[Report on the health of British troops in the Madras command]
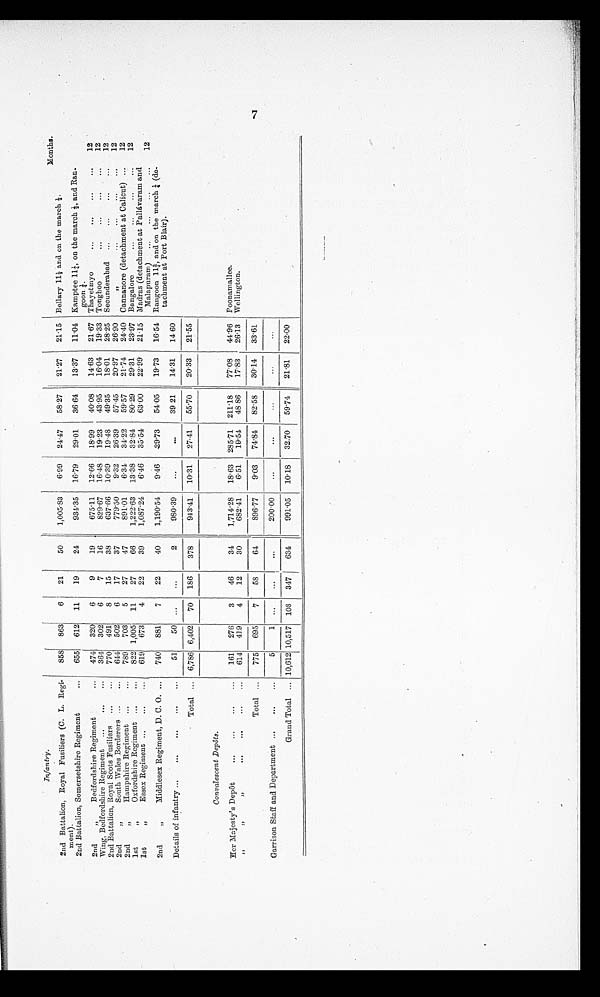
7
Infantry.
Months.
2nd Battalion, Royal Fusiliers (C. L. Regi-
ment).
858 863
6 21
50
1,005.83
6.99
24.47
58.27
21.27
21.15 Bellary 111/2 and on the march 1/2.
2nd Battalion, Somersetshire Regiment
...
655 612 11
19
24
934.35
1 6 . 7 9
29.01
3 6 . 6 4
13.37 11.04 Kamptee 111/4, on the march 1/2, and Ran-
goon 1/4.
2nd
„
Bedfordshire Regiment
...
474 320
6
9
19
675.11 12.66
18.99
40.08
1 4 . 6 3
21. 67 Thayetmyo
...
...
...
...
12
Wing, Bedfordshire Regiment ...
...
364 302
6
7
16
829.67 16.48
19.23
43.95
16.04
19.33 Tonghoo
...
...
. . . . . .
12
2nd Battalion, Royal Scots Fusiliers ...
...
770 491
8
15
38
637.66
1 0 . 3 9
19.48
49.35
18.01 28.25 Secunderabad
...
...
...
12
2nd
„
South Wales Borderers ...
...
644 502
6
17
37
779.50
9.32 26.39
57.45
2 0 . 9 7 26.90
,,
...
...
...
...
12
2nd
„
Hampshire Regiment ...
...
789 703
5
27
47
891.01
6.34
34.22
59.57
2 1 . 7 4
24.40 Cannanore (detachment at Calicut) ...
12
1st
„
Oxfordshire Regiment ...
...
822 1,005 11
27
66
1 , 2 2 2 . 6 3
13.38
32.84
80.29
2 9 . 3 1
23.97 Bangalore
...
...
...
...
12
1st
,,
Essex Regiment ...
...
...
619 673
4
22
39
1,087.24
6.46
35.54
63.00
22.99 21.15 Madras (detachment at Pallávaram and
Malapuram) ...
...
...
...
1 2
2nd
„
Middlesex Regiment, D. C. O. ...
740 881
7
22
40
1,190.54
9.46
2 9 . 7 3
5 4 . 0 5
19.73
16.54 Rangoon 113/4, and on the march 1/4 (de-
tachment at Port Blair).
Details of infantry ...
...
...
...
...
51
50 ...
...
2
980.39
...
...
39.21
14.31
14.60
Total ... 6,786 6,402 70 186
378
943.41 10.31
27.41
55.70
20.33
21.55
Convalescent Depôts.
Her Majesty 's Depôt
...
...
...
...
161 276
3
46
34
1 , 7 1 4 . 2 8
18.63 285.71 211.18
77.08
44. 96 Poonamallee.
,, ,,
,,
...
...
...
...
614 419
4
12
30
682.41
6.51
1 9 . 5 4
48.86
17.83
26.13 Wellington.
Total ...
775 695
7
58
64
8 9 6 . 7 7
9 . 0 3
74.84
8 2 . 5 8
30.14
33. 61
Garrison Staffs and Department ...
...
...
5
1 ...
...
...
200.00
...
. . .
. . .
...
. . .
Grand Total ... 10,612 10,517 108 347
634
991.05 10.18
32.70
5 9 . 7 4
2 1 . 8 1
22. 00